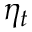
\eta _ { t }